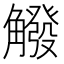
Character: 䚨